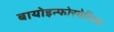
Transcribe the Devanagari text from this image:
बायोइन्फोरमेटिक्स